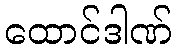
ထောင်ဒါဏ်